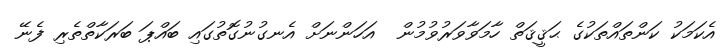
އެކަމަކު ކަންތައްތަކުގެ ޙަޤީޤަތް ހާމަވާވަރުވުމުން  އަހަންނަށް އެނގުނުގޮތުގައި ބައްޕަ ބަރަކާތްތެރި ފެނޭ